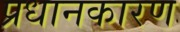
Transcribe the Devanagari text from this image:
प्रधानकारण